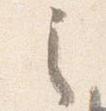
之